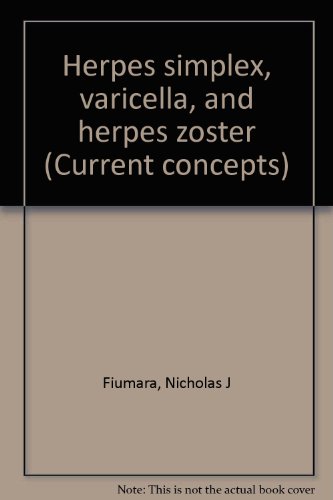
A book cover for Herpes simplex, varicella, and herpes zoster (Current concepts); Nicholas J Fiumara; Health, Fitness & Dieting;